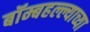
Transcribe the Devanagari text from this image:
बॉम्बहल्ल्याच्या